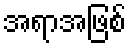
အရာအဖြစ်